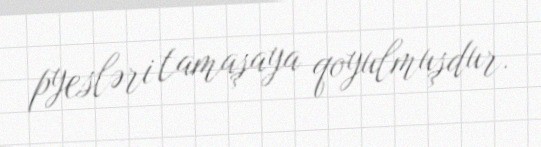
pyesləri tamaşaya qoyulmuşdur.